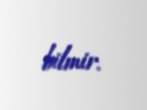
bilmir.